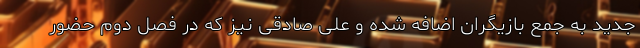
جدید به جمع بازیگران اضافه شده و علی صادقی نیز که در فصل دوم حضور